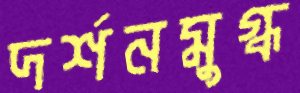
দর্শনমুগ্ধ